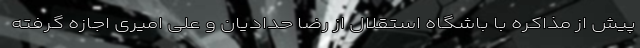
پیش از مذاکره با باشگاه استقلال از رضا حدادیان و علی امیری اجازه گرفته